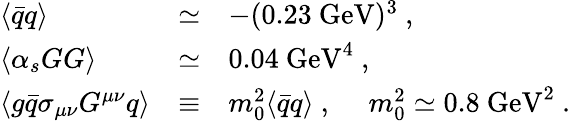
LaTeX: \begin{array}{lll}{{\langle\bar{q}q\rangle}}&{{\simeq}}&{{-(0.23~\mathrm{GeV})^{3}~,}}\\ {{\langle\alpha_{s}GG\rangle}}&{{\simeq}}&{{0.04~\mathrm{GeV}^{4}~,}}\\ {{\langle g\bar{q}\sigma_{\mu\nu}G^{\mu\nu}q\rangle}}&{{\equiv}}&{{m_{0}^{2}\langle\bar{q}q\rangle~,~~~~~m_{0}^{2}\simeq 0.8~\mathrm{GeV}^{2}~.}}\end{array}